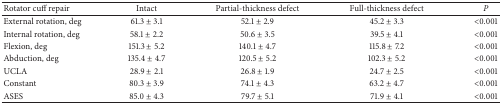
| Rotator cuff repair | Intact | Partial-thickness defect | Full-thickness defect | P |
 | --- | --- | --- | --- | --- |
 | External rotation, deg | 61.3 ± 3.1 | 52.1 ± 2.9 | 45.2 ± 3.3 | <0.001 |
 | Internal rotation, deg | 58.1 ± 2.2 | 50.6 ± 3.5 | 39.5 ± 4.1 | <0.001 |
 | Flexion, deg | 151.3 ± 5.2 | 140.1 ± 4.7 | 115.8 ± 7.2 | <0.001 |
 | Abduction, deg | 135.4 ± 4.7 | 120.5 ± 5.2 | 102.3 ± 5.2 | <0.001 |
 | UCLA | 28.9 ± 2.1 | 26.8 ± 1.9 | 24.7 ± 2.5 | <0.001 |
 | Constant | 80.3 ± 3.9 | 74.1 ± 4.3 | 63.2 ± 4.7 | <0.001 |
 | ASES | 85.0 ± 4.3 | 79.7 ± 5.1 | 71.9 ± 4.1 | <0.001 |